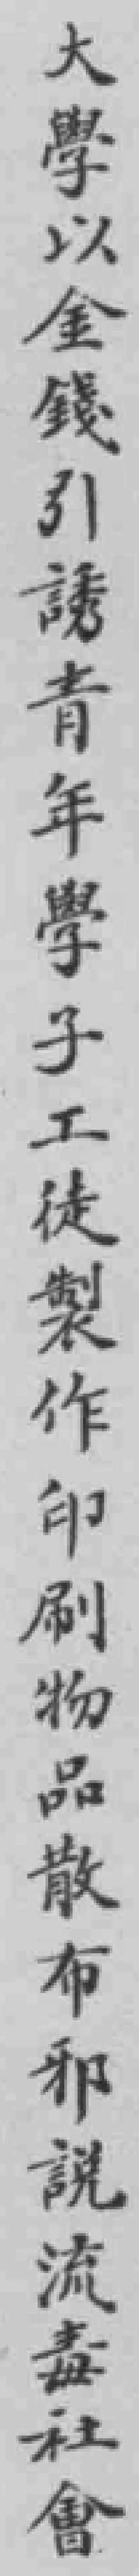
大學以金錢引誘青年學子工徒製作印刷物品散布邪說流毒社會